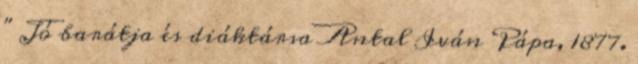
" Jó barátja és diáktársa Antal Iván Pápa, 1877.